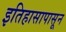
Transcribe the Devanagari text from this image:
इतिहासापासून